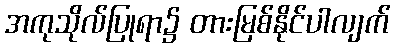
အကုသိုလ်ပြုရာ၌ တားမြစ်နိုင်ပါလျက်